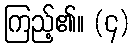
ကြည့်၏။ (၄)